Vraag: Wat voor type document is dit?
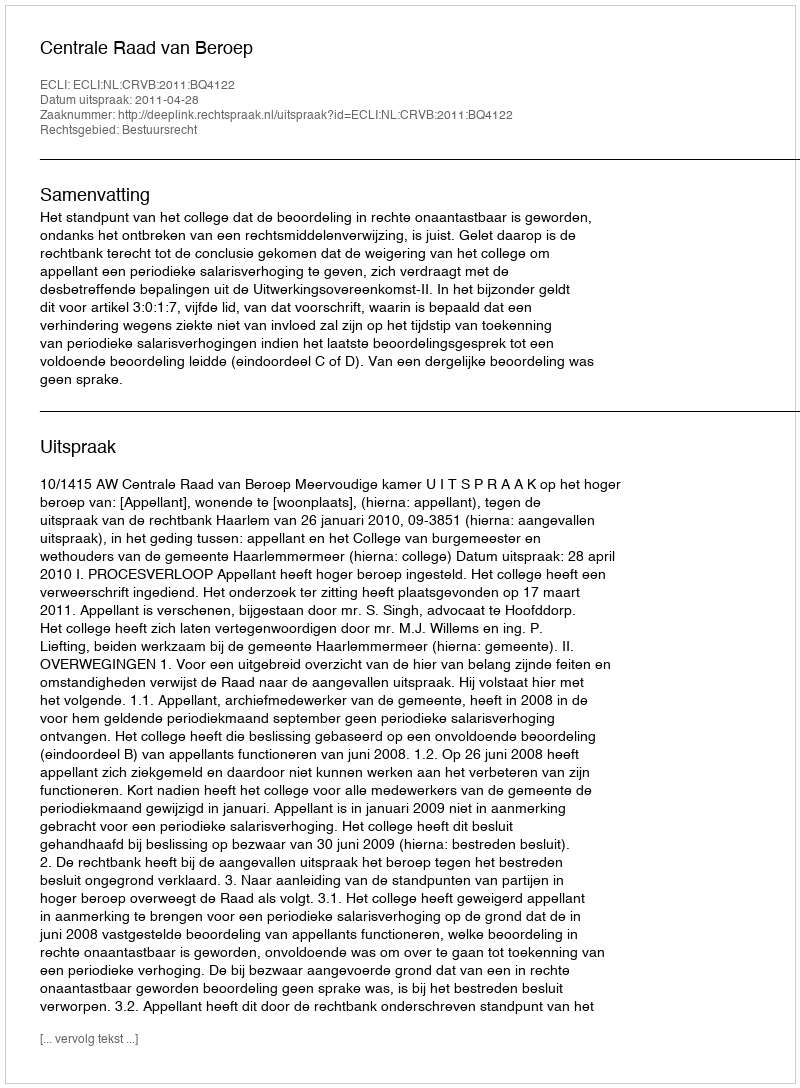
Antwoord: Uitspraak